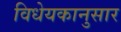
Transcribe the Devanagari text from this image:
विधेयकानुसार